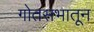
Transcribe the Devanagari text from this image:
गोतसभातून